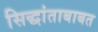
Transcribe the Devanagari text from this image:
सिद्धांताबाबत